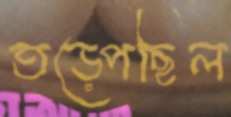
তড়্‌পেছিল